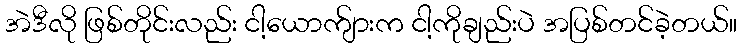
အဲဒီလို ဖြစ်တိုင်းလည်း ငါ့ယောက်ျားက ငါ့ကိုချည်းပဲ အပြစ်တင်ခဲ့တယ်။